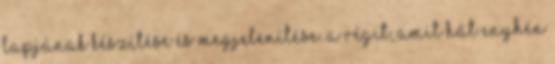
lapjának készítése és megjelenítése. A régit, amit hát enyhén